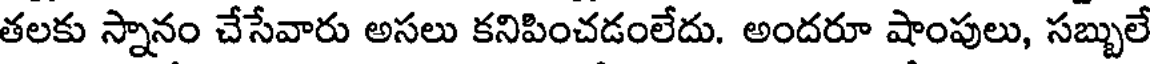
తలకు స్నానం చేసేవారు అసలు కనిపించడంలేదు. అందరూ షాంపులు, సబ్బులే